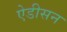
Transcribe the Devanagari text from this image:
ऐडीसन